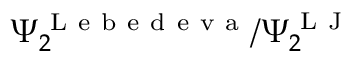
\Psi _ { 2 } ^ { \mathrm { ~ L ~ e ~ b ~ e ~ d ~ e ~ v ~ a ~ } } / \Psi _ { 2 } ^ { \mathrm { ~ L ~ J ~ } }